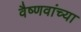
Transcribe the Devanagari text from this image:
वैष्णवांच्या